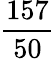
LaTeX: \frac{157}{50}